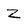
Character: Z